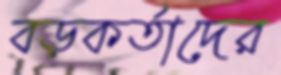
বড়কর্তাদের